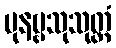
ပုနဗ္ဗသုသုတ္တံ